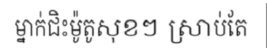
ម្នាក់ជិះម៉ូតូសុខៗ ស្រាប់តែ